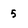
Character: 5